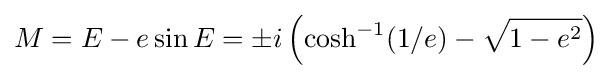
M=E-e\sin E=\pm i\left(\cosh ^{-1}(1/e)-{\sqrt {1-e^{2}}}\right)